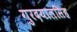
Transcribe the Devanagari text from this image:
गुरदयालसिंह